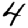
Digit: 4